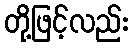
တို့ဖြင့်လည်း